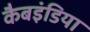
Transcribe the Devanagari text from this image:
कैबइंडिया